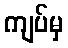
ကျပ်မှ